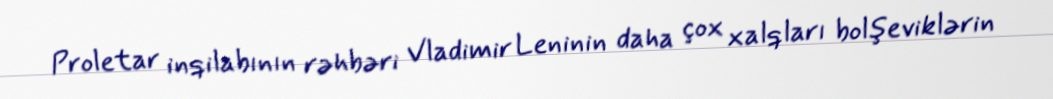
Proletar inqilabının rəhbəri Vladimir Leninin daha çox xalqları bolşeviklərin